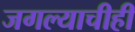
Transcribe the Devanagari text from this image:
जगल्याचीही